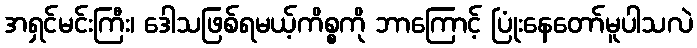
အရှင်မင်းကြီး၊ ဒေါသဖြစ်ရမယ့်ကိစ္စကို ဘာကြောင့် ပြုံးနေတော်မူပါသလဲ